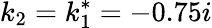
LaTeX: k_{2}=k_{1}^{*}=-0.75i